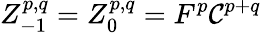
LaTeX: Z_{-1}^{p,q}=Z_{0}^{p,q}=F^{p}\mathcal{C}^{p+q}